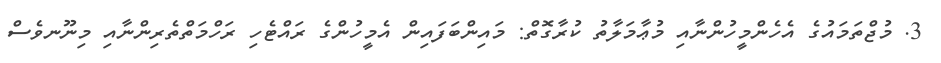
3. މުޖްތަމައުގެ އެހެންމީހުންނާއި މުޢާމަލާތު ކުރާގޮތް: މައިންބަފައިން އެމީހުންގެ ރައްޓެހި ރަހްމަތްތެރިންނާއި މިނޫނވެސް